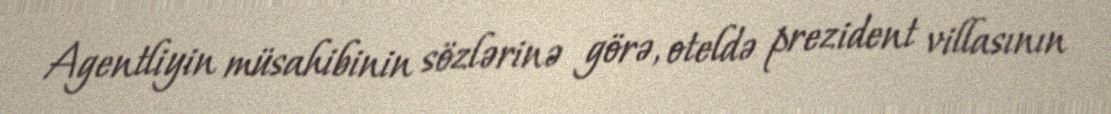
Agentliyin müsahibinin sözlərinə görə, oteldə prezident villasının